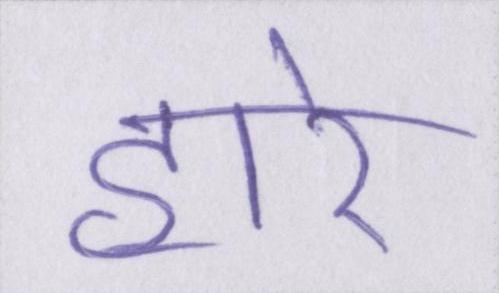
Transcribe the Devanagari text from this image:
हारे